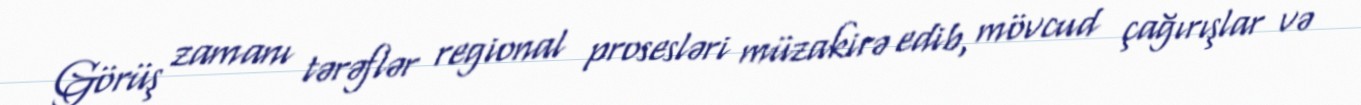
Görüş zamanı tərəflər regional prosesləri müzakirə edib, mövcud çağırışlar və